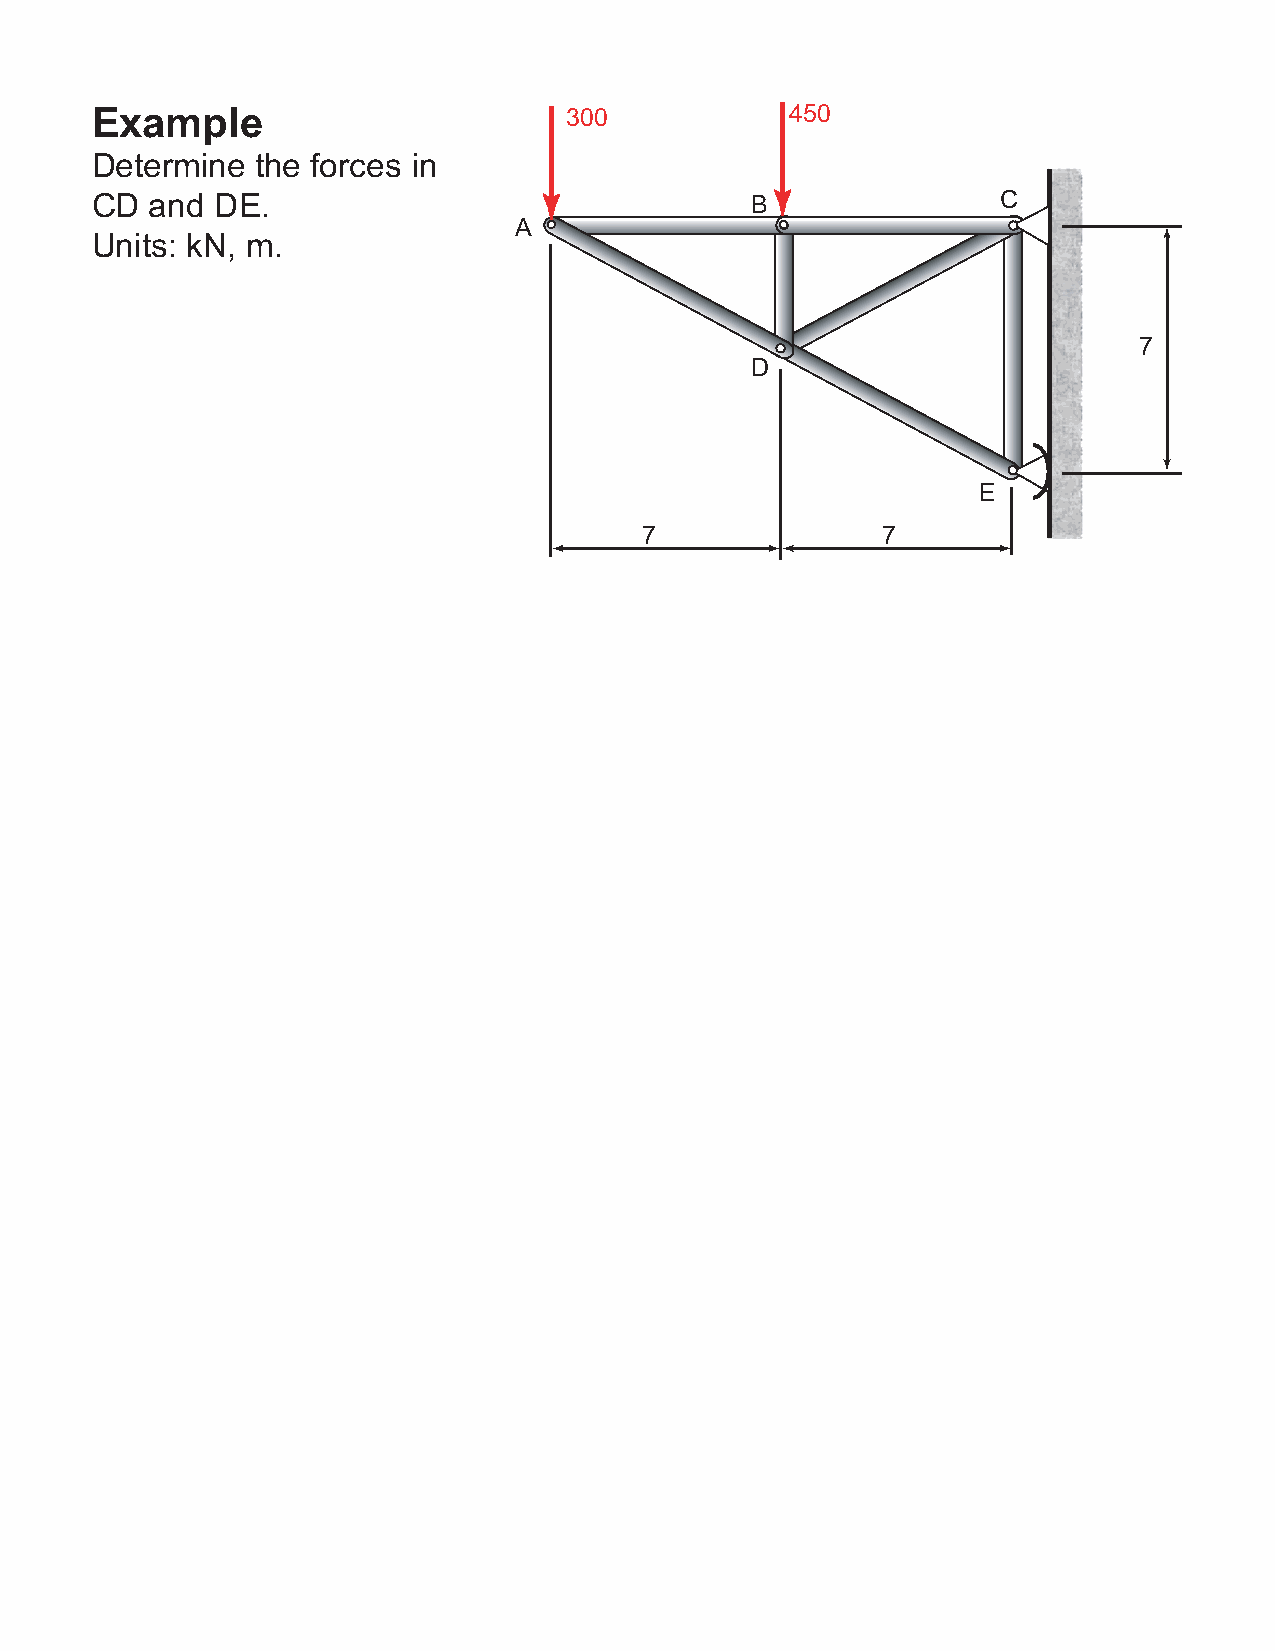
Example
 300            450
 Determine  the forces in
 CD  and DE.                                 B               C
 A
 Units: kN, m.
 7
 D
 E
 7              7